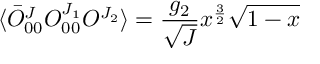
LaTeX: \langle \bar { O } _ { 0 0 } ^ { J } O _ { 0 0 } ^ { J _ { 1 } } O ^ { J _ { 2 } } \rangle = \frac { g _ { 2 } } { \sqrt { J } } x ^ { \frac { 3 } { 2 } } \sqrt { 1 - x }